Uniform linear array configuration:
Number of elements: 64
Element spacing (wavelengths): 1
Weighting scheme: blackman
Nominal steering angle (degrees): -30
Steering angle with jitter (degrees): -29.189
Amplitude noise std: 0.05
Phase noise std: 0.05

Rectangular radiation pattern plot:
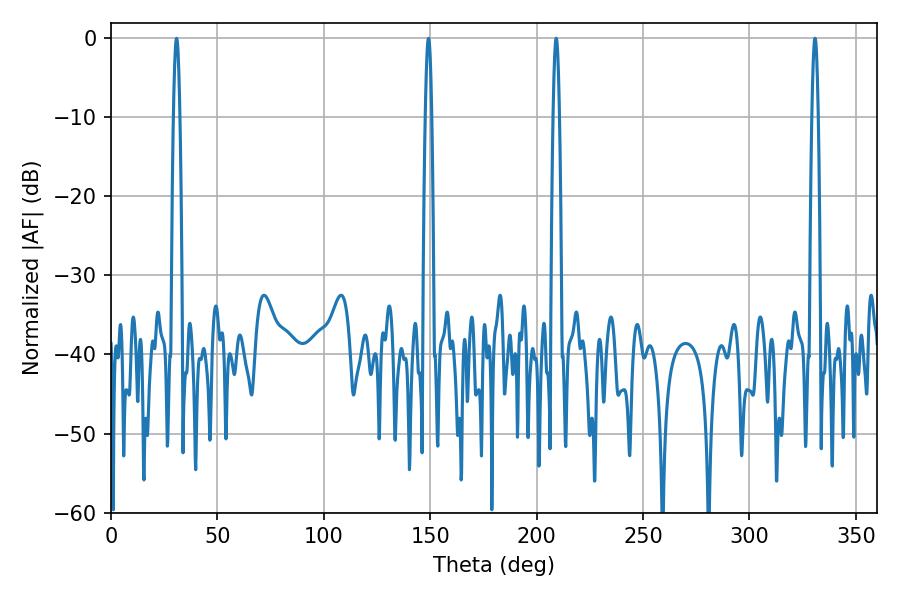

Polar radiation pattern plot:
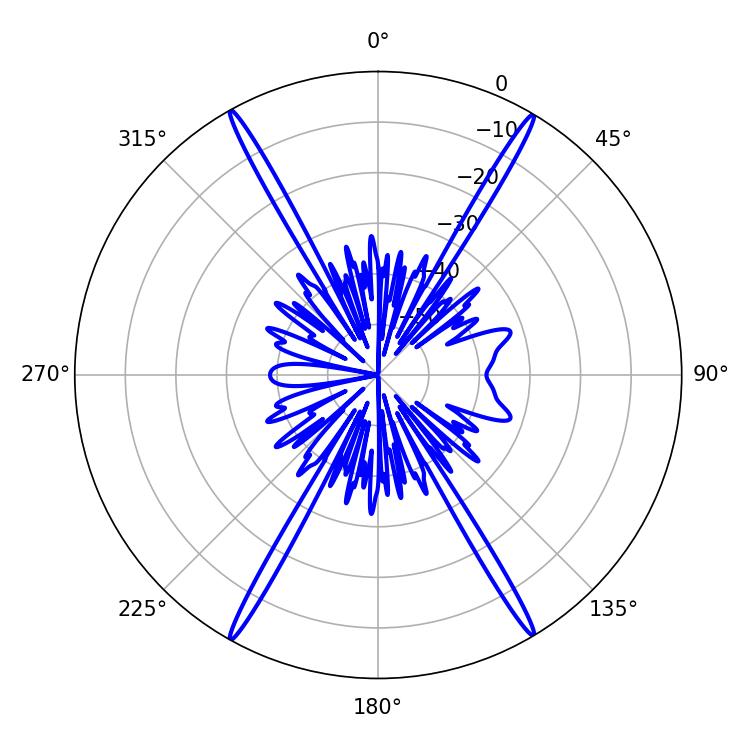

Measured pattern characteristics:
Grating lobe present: TRUE
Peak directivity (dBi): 29.508
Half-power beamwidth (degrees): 1.44
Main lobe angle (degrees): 209.16